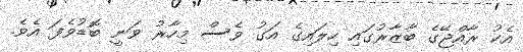
އެކު ރާއްޖޭގެ ބާޒާރުގައި ހިލައިގެ އަގު ވެސް މިހާރު ވަނީ ބޮޑުވެފަ އެވެ.